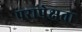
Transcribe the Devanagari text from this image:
परापेक्षता